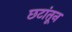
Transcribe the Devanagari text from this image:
छटांतून